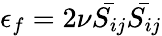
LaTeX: \epsilon_{f}=2\nu{\bar{S_{ij}}}{\bar{S_{ij}}}